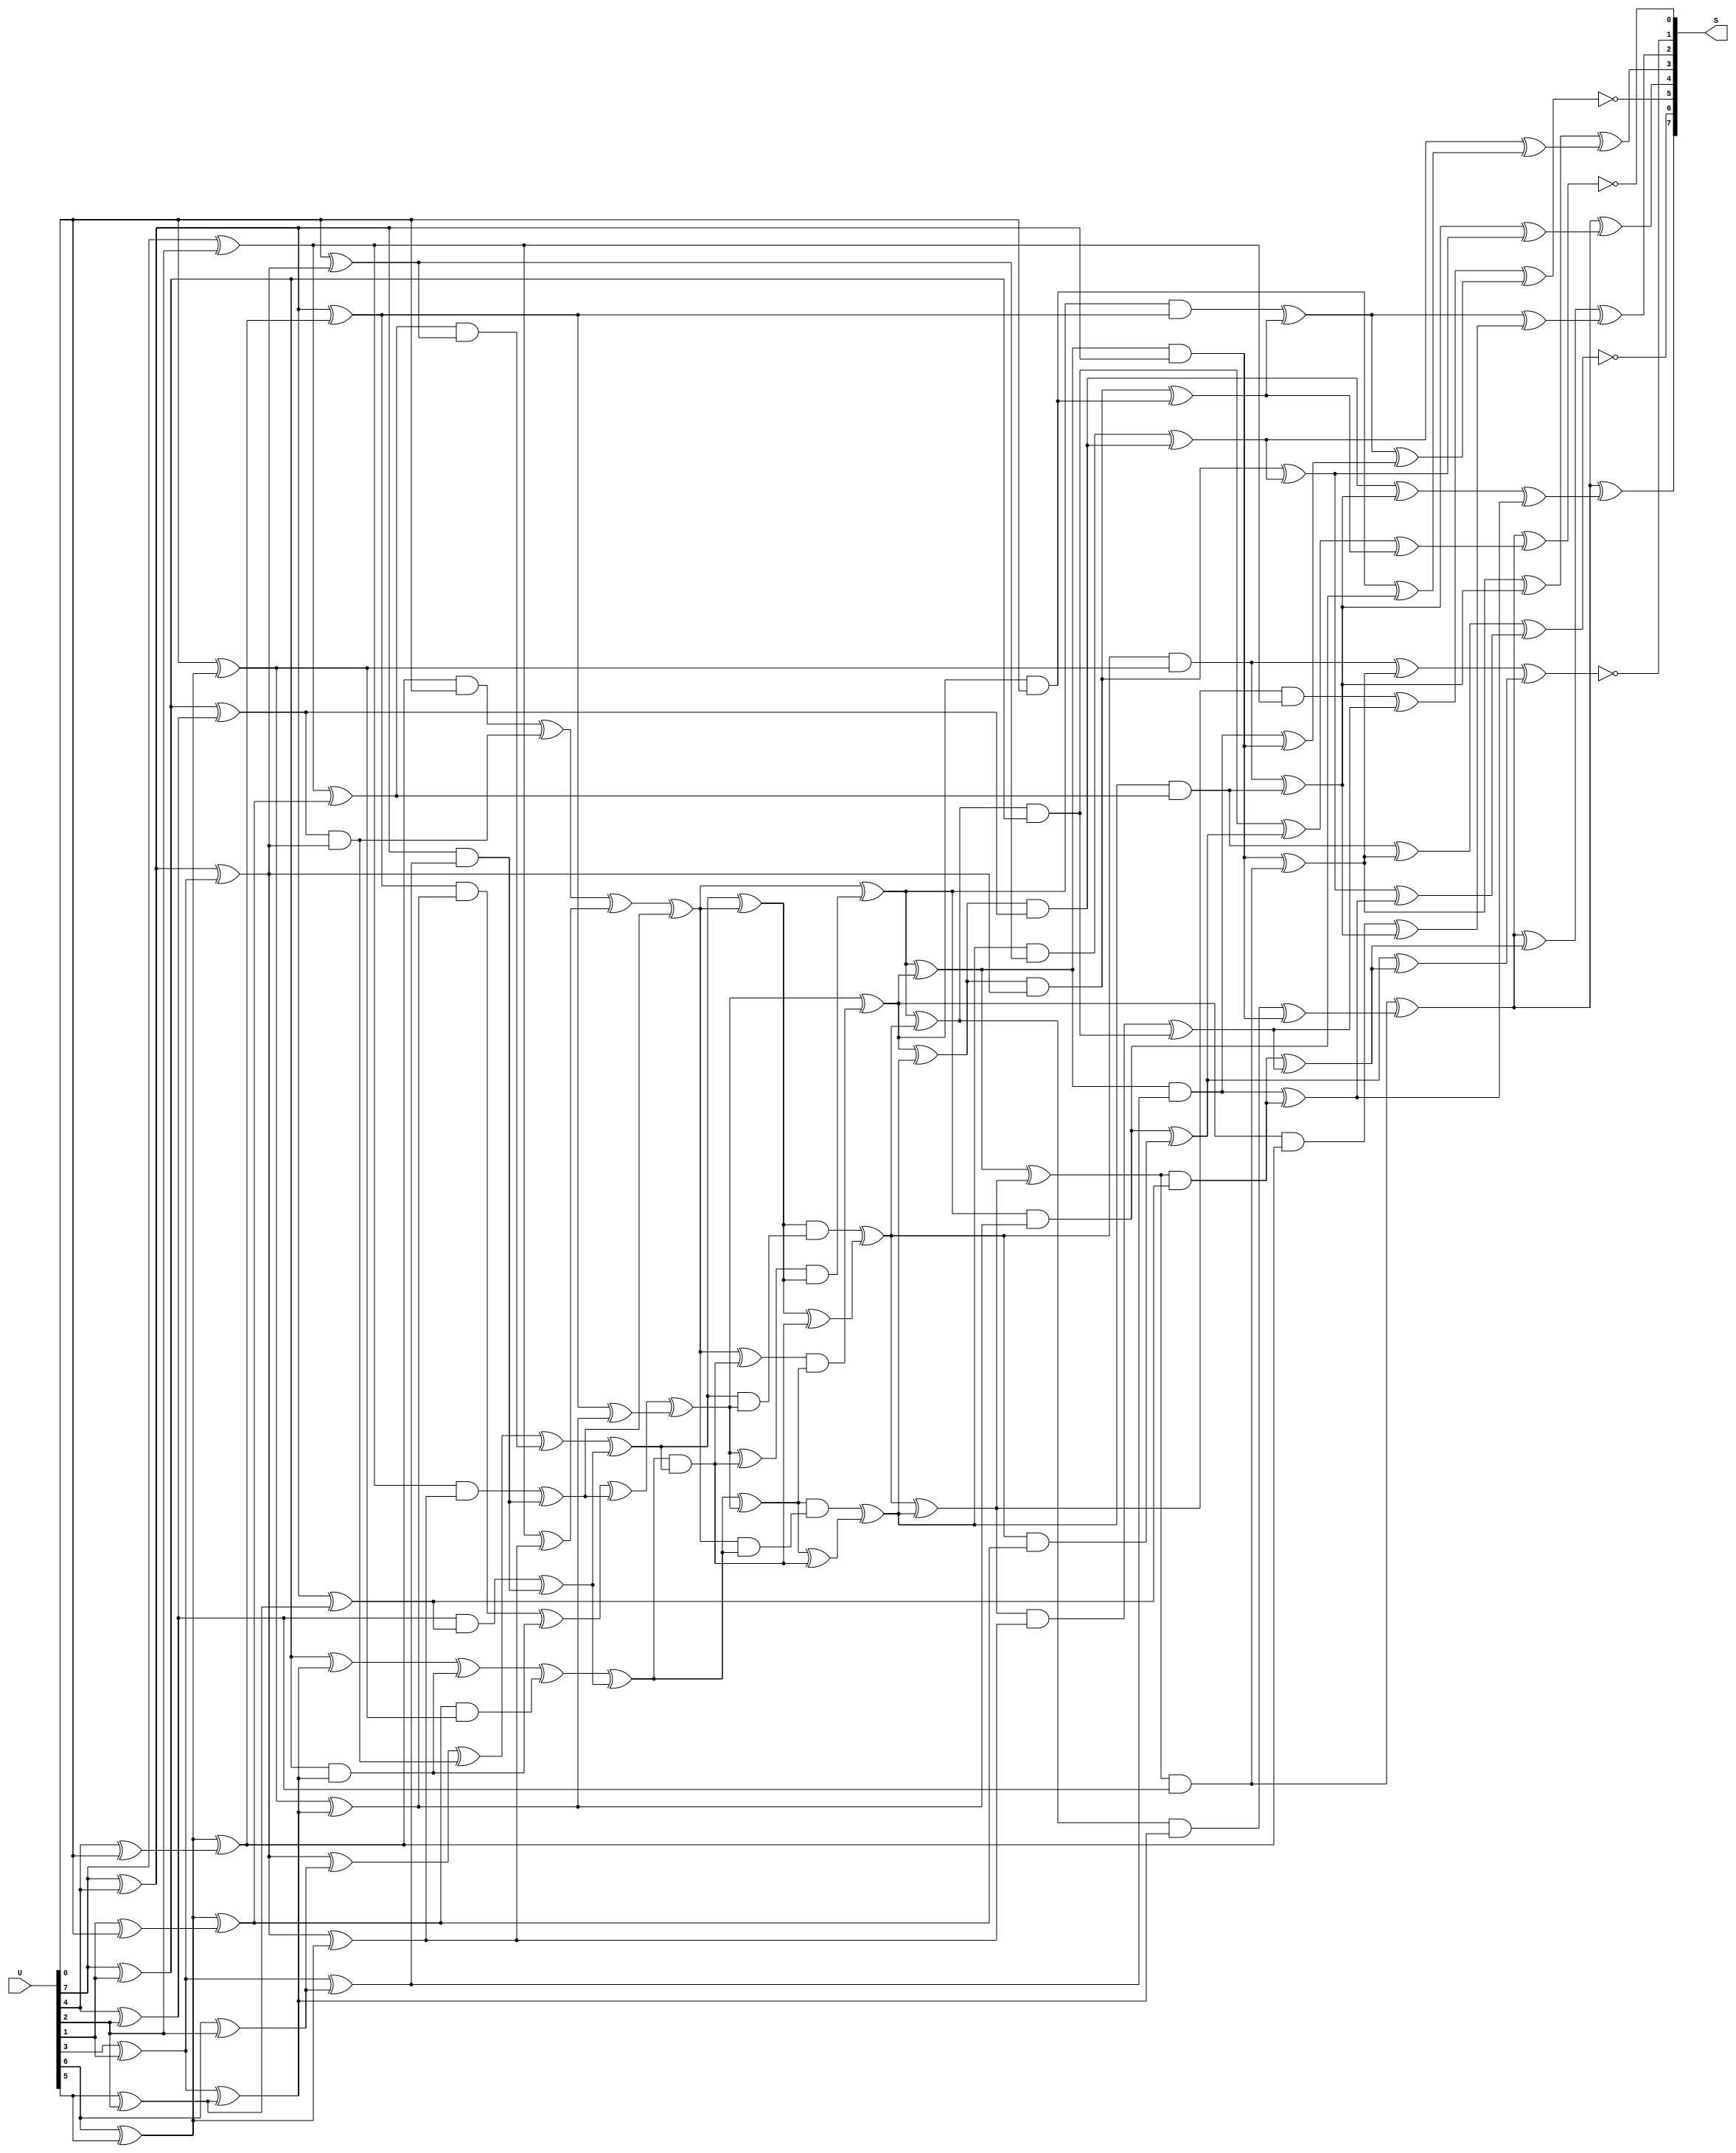
module sbox (
	input wire [7:0] U,
	output reg [7:0] S
);



always @*
begin : sbox_update

	reg U0, U1, U2, U3, U4, U5, U6, U7;
	reg S0, S1, S2, S3, S4, S5, S6, S7;
	reg Y5;
	reg T1, T2, T3, T4, T6, T8, T9, T10, T13, T14, T15, T16, T17, T19;
	reg T20, T22, T23, T24, T25, T26, T27;
	reg M1, M2, M3, M4, M5, M6, M7, M8, M9, M10, M11, M12, M13, M14;
	reg M15, M16, M17, M18, M19, M20, M21, M22, M23, M24, M25, M26, M27;
	reg M28, M29, M30, M31, M32, M33, M34, M35, M36, M37, M38, M39, M40;
	reg M41, M42, M43, M44, M45, M46, M47, M48, M49, M50, M51, M52, M53;
	reg M54, M55, M56, M57, M58, M59, M60, M61, M62, M63;
	
	{ U0, U1, U2, U3, U4, U5, U6, U7 } = U;

	begin : encrypt_top
		reg T5, T7, T11, T12, T18, T21;
		
		T1 = U0 ^ U3; /* T1 = U0 + U3 */
		T2 = U0 ^ U5; /* T2 = U0 + U5 */
		T3 = U0 ^ U6; /* T3 = U0 + U6 */
		T4 = U3 ^ U5; /* T4 = U3 + U5 */
		T5 = U4 ^ U6; /* T5 = U4 + U6 */
		T6 = T1 ^ T5; /* T6 = T1 + T5 */
		T7 = U1 ^ U2; /* T7 = U1 + U2 */
		T8 = U7 ^ T6; /* T8 = U7 + T6 */
		T9 = U7 ^ T7; /* T9 = U7 + T7 */
		T10 = T6 ^ T7; /* T10 = T6 + T7 */
		T11 = U1 ^ U5; /* T11 = U1 + U5 */
		T12 = U2 ^ U5; /* T12 = U2 + U5 */
		T13 = T3 ^ T4; /* T13 = T3 + T4 */
		T14 = T6 ^ T11; /* T14 = T6 + T11 */
		T15 = T5 ^ T11; /* T15 = T5 + T11 */
		T16 = T5 ^ T12; /* T16 = T5 + T12 */
		T17 = T9 ^ T16; /* T17 = T9 + T16 */
		T18 = U3 ^ U7; /* T18 = U3 + U7 */
		T19 = T7 ^ T18; /* T19 = T7 + T18 */
		T20 = T1 ^ T19; /* T20 = T1 + T19 */
		T21 = U6 ^ U7; /* T21 = U6 + U7 */
		T22 = T7 ^ T21; /* T22 = T7 + T21 */
		T23 = T2 ^ T22; /* T23 = T2 + T22 */
		T24 = T2 ^ T10; /* T24 = T2 + T10 */
		T25 = T20 ^ T17; /* T25 = T20 + T17 */
		T26 = T3 ^ T16; /* T26 = T3 + T16 */
		T27 = T1 ^ T12; /* T27 = T1 + T12 */
		Y5 = U7;
	end
	
	M1 = T13 & T6; /* M1 = T13 x T6 */
	M2 = T23 & T8; /* M2 = T23 x T8 */
	M3 = T14 ^ M1; /* M3 = T14 + M1 */
	M4 = T19 & Y5; /* M4 = T19 x Y5 */
	M5 = M4 ^ M1; /* M5 = M4 + M1 */
	M6 = T3 & T16; /* M6 = T3 x T16 */
	M7 = T22 & T9; /* M7 = T22 x T9 */
	M8 = T26 ^ M6; /* M8 = T26 + M6 */
	M9 = T20 & T17; /* M9 = T20 x T17 */
	M10 = M9 ^ M6; /* M10 = M9 + M6 */
	M11 = T1 & T15; /* M11 = T1 x T15 */
	M12 = T4 & T27; /* M12 = T4 x T27 */
	M13 = M12 ^ M11; /* M13 = M12 + M11 */
	M14 = T2 & T10; /* M14 = T2 x T10 */
	M15 = M14 ^ M11; /* M15 = M14 + M11 */
	M16 = M3 ^ M2; /* M16 = M3 + M2 */
	M17 = M5 ^ T24; /* M17 = M5 + T24 */
	M18 = M8 ^ M7; /* M18 = M8 + M7 */
	M19 = M10 ^ M15; /* M19 = M10 + M15 */
	M20 = M16 ^ M13; /* M20 = M16 + M13 */
	M21 = M17 ^ M15; /* M21 = M17 + M15 */
	M22 = M18 ^ M13; /* M22 = M18 + M13 */
	M23 = M19 ^ T25; /* M23 = M19 + T25 */
	M24 = M22 ^ M23; /* M24 = M22 + M23 */
	M25 = M22 & M20; /* M25 = M22 x M20 */
	M26 = M21 ^ M25; /* M26 = M21 + M25 */
	M27 = M20 ^ M21; /* M27 = M20 + M21 */
	M28 = M23 ^ M25; /* M28 = M23 + M25 */
	M29 = M28 & M27; /* M29 = M28 x M27 */
	M30 = M26 & M24; /* M30 = M26 x M24 */
	M31 = M20 & M23; /* M31 = M20 x M23 */
	M32 = M27 & M31; /* M32 = M27 x M31 */
	M33 = M27 ^ M25; /* M33 = M27 + M25 */
	M34 = M21 & M22; /* M34 = M21 x M22 */
	M35 = M24 & M34; /* M35 = M24 x M34 */
	M36 = M24 ^ M25; /* M36 = M24 + M25 */
	M37 = M21 ^ M29; /* M37 = M21 + M29 */
	M38 = M32 ^ M33; /* M38 = M32 + M33 */
	M39 = M23 ^ M30; /* M39 = M23 + M30 */
	M40 = M35 ^ M36; /* M40 = M35 + M36 */
	M41 = M38 ^ M40; /* M41 = M38 + M40 */
	M42 = M37 ^ M39; /* M42 = M37 + M39 */
	M43 = M37 ^ M38; /* M43 = M37 + M38 */
	M44 = M39 ^ M40; /* M44 = M39 + M40 */
	M45 = M42 ^ M41; /* M45 = M42 + M41 */
	M46 = M44 & T6; /* M46 = M44 x T6 */
	M47 = M40 & T8; /* M47 = M40 x T8 */
	M48 = M39 & Y5; /* M48 = M39 x Y5 */
	M49 = M43 & T16; /* M49 = M43 x T16 */
	M50 = M38 & T9; /* M50 = M38 x T9 */
	M51 = M37 & T17; /* M51 = M37 x T17 */
	M52 = M42 & T15; /* M52 = M42 x T15 */
	M53 = M45 & T27; /* M53 = M45 x T27 */
	M54 = M41 & T10; /* M54 = M41 x T10 */
	M55 = M44 & T13; /* M55 = M44 x T13 */
	M56 = M40 & T23; /* M56 = M40 x T23 */
	M57 = M39 & T19; /* M57 = M39 x T19 */
	M58 = M43 & T3; /* M58 = M43 x T3 */
	M59 = M38 & T22; /* M59 = M38 x T22 */
	M60 = M37 & T20; /* M60 = M37 x T20 */
	M61 = M42 & T1; /* M61 = M42 x T1 */
	M62 = M45 & T4; /* M62 = M45 x T4 */
	M63 = M41 & T2; /* M63 = M41 x T2 */

	begin : encrypt_bot
		reg L0, L1, L2, L3, L4, L5, L6, L7, L8, L9, L10, L11, L12, L13, L14;
		reg L15, L16, L17, L18, L19, L20, L21, L22, L23, L24, L25, L26, L27;
		reg L28, L29;
					 
		L0 = M61 ^ M62; /* L0 = M61 + M62 */
		L1 = M50 ^ M56; /* L1 = M50 + M56 */
		L2 = M46 ^ M48; /* L2 = M46 + M48 */
		L3 = M47 ^ M55; /* L3 = M47 + M55 */
		L4 = M54 ^ M58; /* L4 = M54 + M58 */
		L5 = M49 ^ M61; /* L5 = M49 + M61 */
		L6 = M62 ^ L5; /* L6 = M62 + L5 */
		L7 = M46 ^ L3; /* L7 = M46 + L3 */
		L8 = M51 ^ M59; /* L8 = M51 + M59 */
		L9 = M52 ^ M53; /* L9 = M52 + M53 */
		L10 = M53 ^ L4; /* L10 = M53 + L4 */
		L11 = M60 ^ L2; /* L11 = M60 + L2 */
		L12 = M48 ^ M51; /* L12 = M48 + M51 */
		L13 = M50 ^ L0; /* L13 = M50 + L0 */
		L14 = M52 ^ M61; /* L14 = M52 + M61 */
		L15 = M55 ^ L1; /* L15 = M55 + L1 */
		L16 = M56 ^ L0; /* L16 = M56 + L0 */
		L17 = M57 ^ L1; /* L17 = M57 + L1 */
		L18 = M58 ^ L8; /* L18 = M58 + L8 */
		L19 = M63 ^ L4; /* L19 = M63 + L4 */
		L20 = L0 ^ L1; /* L20 = L0 + L1 */
		L21 = L1 ^ L7; /* L21 = L1 + L7 */
		L22 = L3 ^ L12; /* L22 = L3 + L12 */
		L23 = L18 ^ L2; /* L23 = L18 + L2 */
		L24 = L15 ^ L9; /* L24 = L15 + L9 */
		L25 = L6 ^ L10; /* L25 = L6 + L10 */
		L26 = L7 ^ L9; /* L26 = L7 + L9 */
		L27 = L8 ^ L10; /* L27 = L8 + L10 */
		L28 = L11 ^ L14; /* L28 = L11 + L14 */
		L29 = L11 ^ L17; /* L29 = L11 + L17 */

		S0 = L6 ^ L24; /* S0 = L6 + L24 */
		S1 = ~(L16 ^ L26); /* S1 = L16 # L26 */
		S2 = ~(L19 ^ L28); /* S2 = L19 # L28 */
		S3 = L6 ^ L21; /* S3 = L6 + L21 */
		S4 = L20 ^ L22; /* S4 = L20 + L22 */
		S5 = L25 ^ L29; /* S5 = L25 + L29 */
		S6 = ~(L13 ^ L27); /* S6 = L13 # L27 */
		S7 = ~(L6 ^ L23); /* S7 = L6 # L23 */
	end
	
	S = { S0, S1, S2, S3, S4, S5, S6, S7 };
end

endmodule